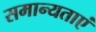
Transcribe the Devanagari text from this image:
समान्यताएं